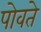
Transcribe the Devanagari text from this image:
पोवते